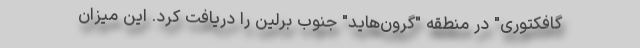
گافکتوری" در منطقه "گرون‌هاید" جنوب برلین را دریافت کرد. این میزان